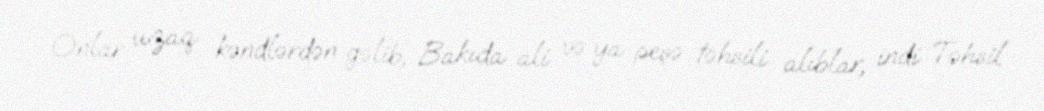
Onlar uzaq kəndlərdən gəlib, Bakıda ali və ya peşə təhsili alıblar, indi Təhsil